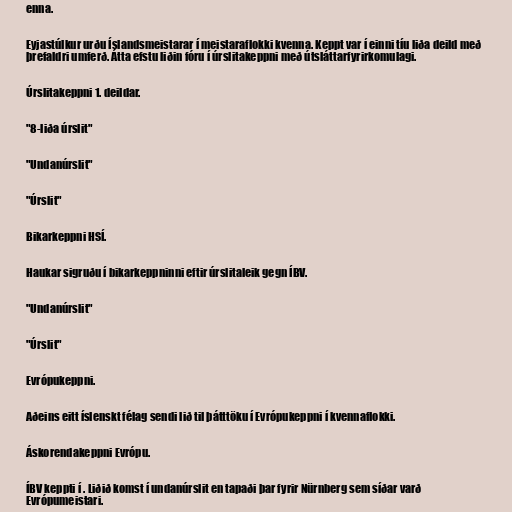
enna.

Eyjastúlkur urðu Íslandsmeistarar í meistaraflokki kvenna. Keppt var í einni tíu liða deild með
þrefaldri umferð. Átta efstu liðin fóru í úrslitakeppni með útsláttarfyrirkomulagi.

Úrslitakeppni 1. deildar.

"8-liða úrslit"

"Undanúrslit"

"Úrslit"

Bikarkeppni HSÍ.

Haukar sigruðu í bikarkeppninni eftir úrslitaleik gegn ÍBV.

"Undanúrslit"

"Úrslit"

Evrópukeppni.

Aðeins eitt íslenskt félag sendi lið til þátttöku í Evrópukeppni í kvennaflokki.

Áskorendakeppni Evrópu.

ÍBV keppti í . Liðið komst í undanúrslit en tapaði þar fyrir Nürnberg sem síðar varð
Evrópumeistari.